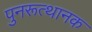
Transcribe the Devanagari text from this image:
पुनरूत्थानक